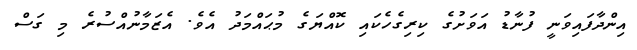
އިންދާފައިވަނީ ފުނާޑު އަވަށުގެ ކިރިގެހެކައި ކޮއްޔަގެ މުޙައްމަދު އެވެ. އެޒަމާނުއްސުރެ މި ގަސް